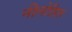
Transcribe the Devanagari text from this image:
नीलोहित